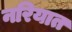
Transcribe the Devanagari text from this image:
नरियात